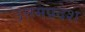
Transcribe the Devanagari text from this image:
उत्तमप्रदेश